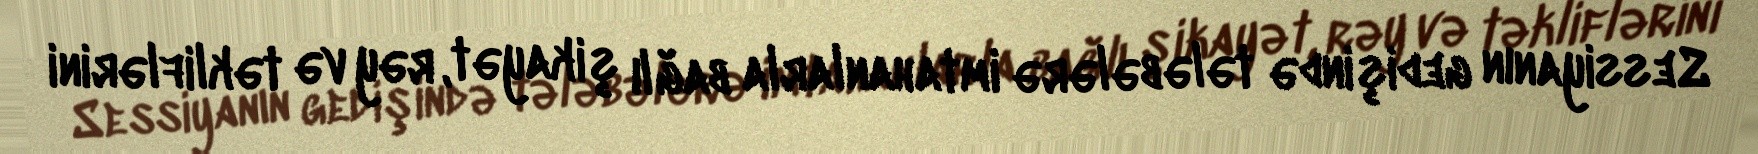
Sessiyanın gedişində tələbələrə imtahanlarla bağlı şikayət, rəy və təkliflərini